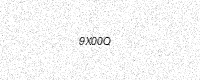
Text: 9X00Q